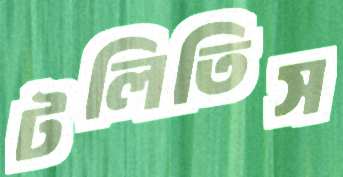
টলিতিস